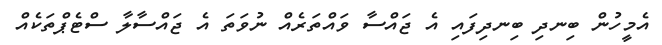
އެމީހުން ބިނދި ބިނދިފައި އެ ޖައްސާ ވައްތަރެއް ނުވަތަ އެ ޖައްސާލާ ސްޓެޕްތަކެއް